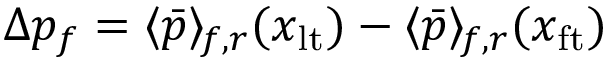
\Delta p _ { f } = \langle \bar { p } \rangle _ { \! f , r } ( x _ { \mathrm { l t } } ) - \langle \bar { p } \rangle _ { \! f , r } ( x _ { \mathrm { f t } } )